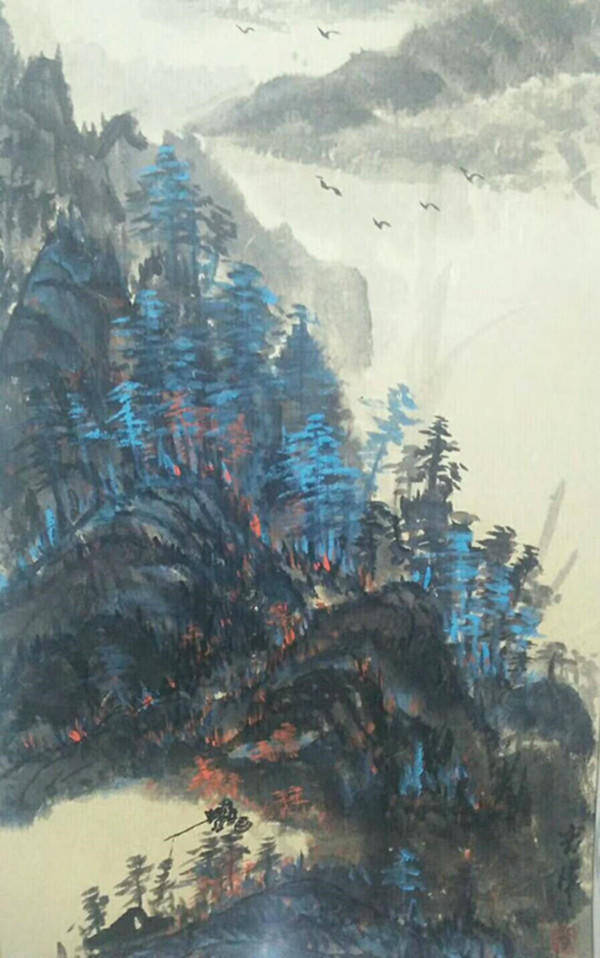
竹径通幽处，禅房花木深。